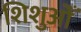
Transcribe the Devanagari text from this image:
शिशुओँ